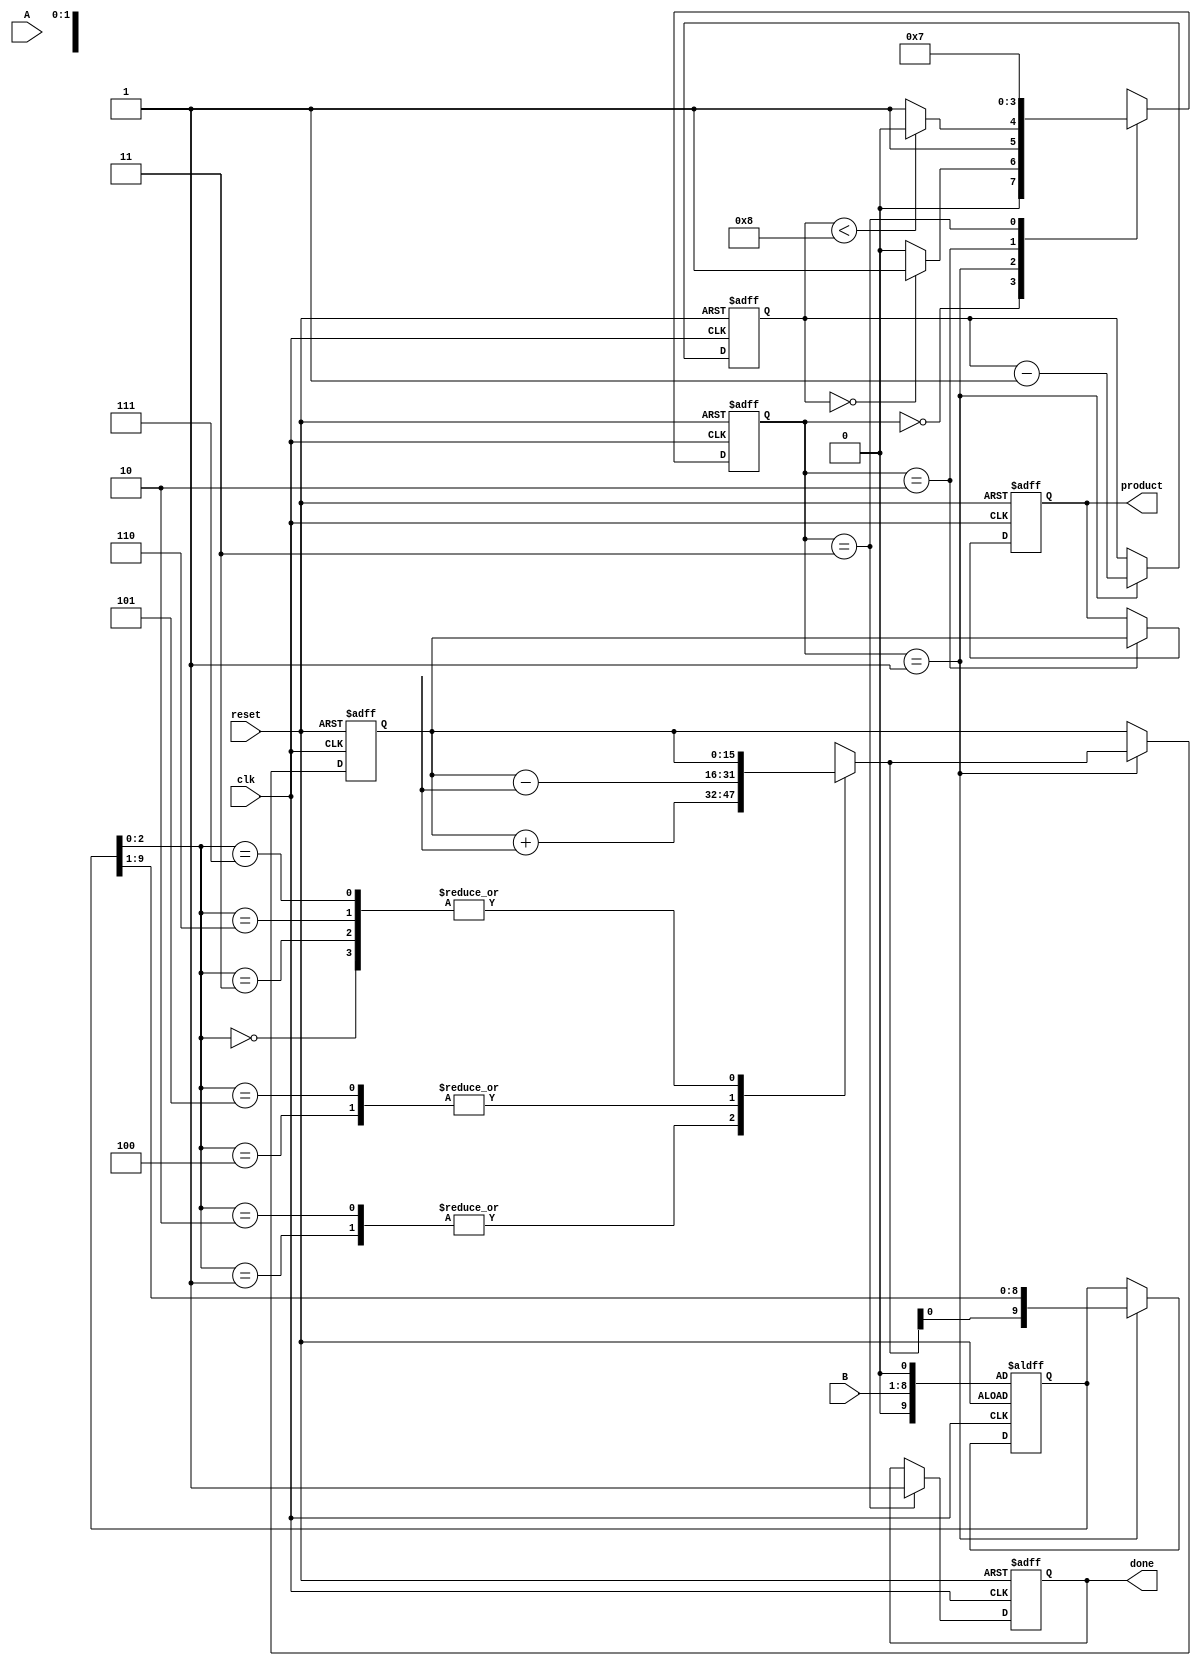
module modified_booth_multiplier #(
    parameter N = 8 // Bit-width of the operands
)(
    input wire clk,
    input wire reset,
    input wire signed [N-1:0] A, // Multiplicand
    input wire signed [N-1:0] B, // Multiplier
    output reg signed [2*N-1:0] product, // Final product
    output reg done // Indicates multiplication completion
);

    reg [N-1:0] A_reg;
    reg [N-1:0] B_reg;
    reg [2*N-1:0] P; // Accumulator for partial products
    reg [N+1:0] Booth_reg; // Booth register (N bits + 2 for encoding)
    reg [3:0] count; // Count for iterations
    reg [1:0] current_state, next_state;

    localparam IDLE = 2'b00,
               CALCULATE = 2'b01,
               SHIFT = 2'b10,
               DONE = 2'b11;

    // State machine for control logic
    always @(posedge clk or posedge reset) begin
        if (reset) begin
            current_state <= IDLE;
        end else begin
            current_state <= next_state;
        end
    end

    // Next state logic
    always @(*) begin
        case (current_state)
            IDLE: next_state = (count == 0) ? CALCULATE : IDLE;
            CALCULATE: next_state = (count < N) ? SHIFT : DONE;
            SHIFT: next_state = CALCULATE;
            DONE: next_state = DONE;
            default: next_state = IDLE;
        endcase
    end

    // Booth encoding and multiplication logic
    always @(posedge clk or posedge reset) begin
        if (reset) begin
            product <= 0;
            P <= 0;
            Booth_reg <= {1'b0, B, 1'b0}; // Initialize Booth register with B
            count <= N; // Set count for N iterations
            done <= 0;
        end else begin
            case (current_state)
                CALCULATE: begin
                    case (Booth_reg[2:0]) // Check the last three bits
                        3'b000: begin
                            // Do nothing
                        end
                        3'b001: begin
                            P = P + A_reg; // Add A
                        end
                        3'b010: begin
                            P = P + A_reg; // Add A
                        end
                        3'b011: begin
                            // Do nothing (continue)
                        end
                        3'b100: begin
                            P = P - A_reg; // Subtract A
                        end
                        3'b101: begin
                            P = P - A_reg; // Subtract A
                        end
                        3'b110: begin
                            // Do nothing (continue)
                        end
                        3'b111: begin
                            // Do nothing
                        end
                    endcase
                    Booth_reg = {P[0], Booth_reg[N+1:1]}; // Shift right
                    count <= count - 1; // Decrement count
                end
                SHIFT: begin
                    product <= P; // Update product
                end
                DONE: begin
                    done <= 1; // Set done signal
                end
            endcase
        end
    end

endmodule